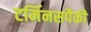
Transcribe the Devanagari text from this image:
टर्मिनसपैकी